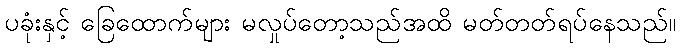
ပခုံးနှင့် ခြေထောက်များ မလှုပ်တော့သည်အထိ မတ်တတ်ရပ်နေသည်။